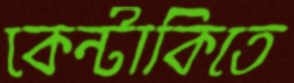
কেন্টাকিতে